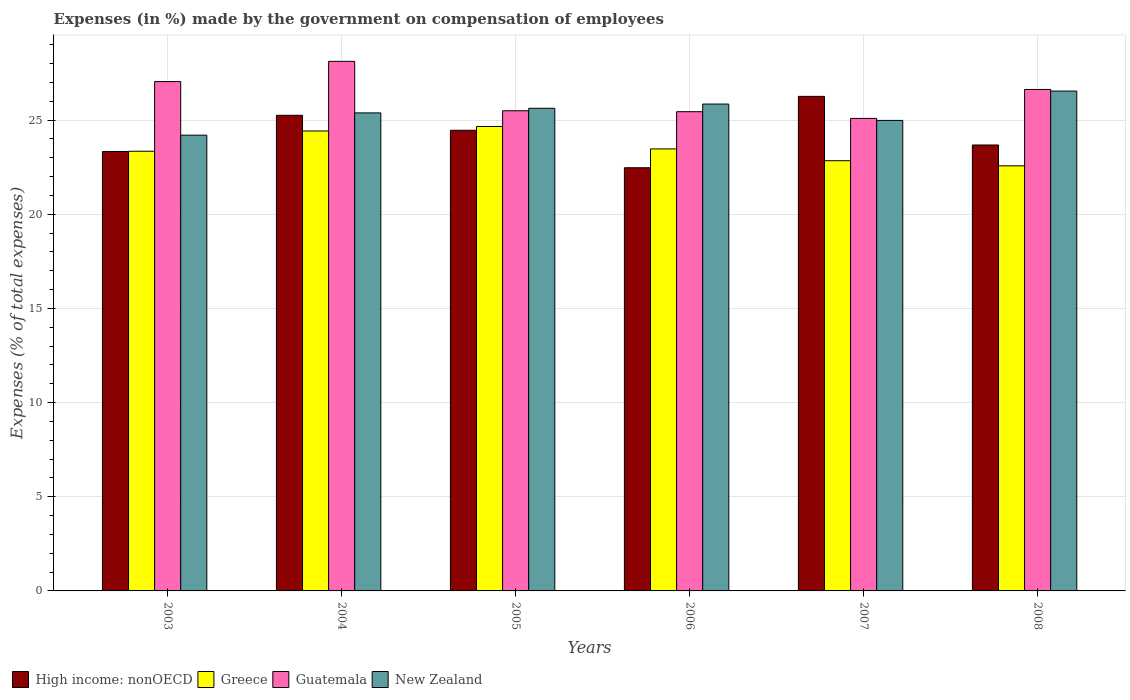
| Years | High income: nonOECD | Greece | Guatemala | New Zealand |
 | --- | --- | --- | --- | --- |
 | 2003 | 23.3 | 23.3 | 27 | 24.2 |
 | 2004 | 25.3 | 24.4 | 28.1 | 25.4 |
 | 2005 | 24.5 | 24.7 | 25.5 | 25.6 |
 | 2006 | 22.5 | 23.5 | 25.4 | 25.8 |
 | 2007 | 26.3 | 22.8 | 25.1 | 25 |
 | 2008 | 23.7 | 22.6 | 26.6 | 26.5 |